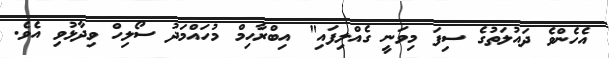
އެހެންވެ ދައުލަތުގެ ސިފަ މިވަނީ ގެއްލިފައި" އިބްރާހިމް މުހައްމަދު ސޯލިހް ވިދާޅުވި އެވެ.